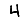
Digit: 4